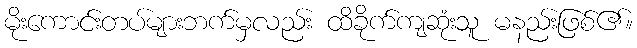
မိုးကောင်းတပ်များဘက်မှလည်း ထိခိုက်ကျဆုံးသူ မနည်းဖြစ်၏။